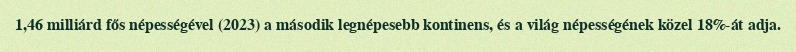
1,46 milliárd fős népességével (2023) a második legnépesebb kontinens, és a világ népességének közel 18%-át adja.